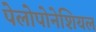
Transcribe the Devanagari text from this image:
पेलोपोनेशियल